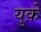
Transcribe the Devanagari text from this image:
युक़े